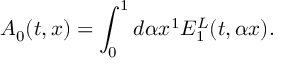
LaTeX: { \cal A } _ { 0 } ( t , x ) = \int _ { 0 } ^ { 1 } { d \alpha } x ^ { 1 } E _ { 1 } ^ { L } ( t , \alpha x ) .